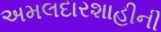
અમલદારશાહીની